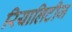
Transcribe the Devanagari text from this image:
रियालिटीज